Report on vaccination proceedings throughout the Government of Bengal -
Year: 1868
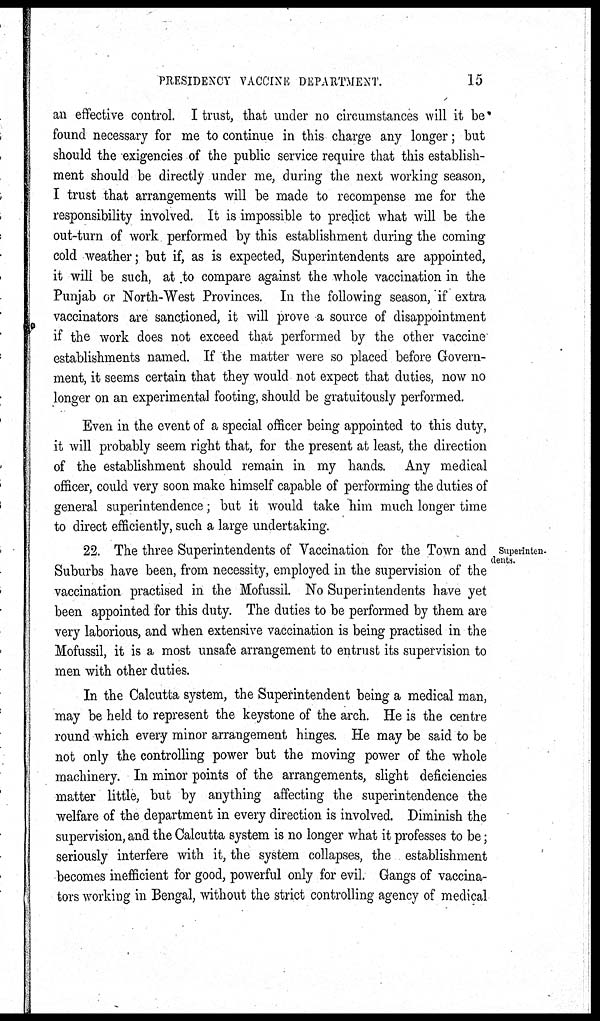
PRESIDENCY VACCINE DEPARTMENT.
15
an effective control. I trust, that under no circumstances will it be
found necessary for me to continue in this charge any longer; but
should the exigencies of the public service require that this establish-
ment should be directly under me, during the next working season,
I trust that arrangements will be made to recompense me for the
responsibility involved. It is impossible to predict what will be the
out-turn of work performed by this establishment during the coming
cold weather; but if, as is expected, Superintendents are appointed,
it will be such, at to compare against the whole vaccination in the
Punjab or North-West Provinces. In the following season, if extra
vaccinators are sanctioned, it will prove a source of disappointment
if the work does not exceed that performed by the other vaccine
establishments named. If the matter were so placed before Govern-
ment, it seems certain that they would not expect that duties, now no
longer on an experimental footing, should be gratuitously performed.
Even in the event of a special officer being appointed to this duty,
it will probably seem right that, for the present at least, the direction
of the establishment should remain in my hands. Any medical
officer, could very soon make himself capable of performing the duties of
general superintendence; but it would take him much longer time
to direct efficiently, such a large undertaking.
Superinten-
dents.
22. The three Superintendents of Vaccination for the Town and
Suburbs have been, from necessity, employed in the supervision of the
vaccination practised in the Mofussil. No Superintendents have yet
been appointed for this duty. The duties to be performed by them are
very laborious, and when extensive vaccination is being practised in the
Mofussil, it is a most unsafe arrangement to entrust its supervision to
men with other duties.
In the Calcutta system, the Superintendent being a medical man,
may be held to represent the keystone of the arch. He is the centre
round which every minor arrangement hinges. He may be said to be
not only the controlling power but the moving power of the whole
machinery. In minor points of the arrangements, slight deficiencies
matter little, but by anything affecting the superintendence the
welfare of the department in every direction is involved. Diminish the
supervision, and the Calcutta system is no longer what it professes to be;
seriously interfere with it, the system collapses, the establishment
becomes inefficient for good, powerful only for evil. Gangs of vaccina-
tors working in Bengal, without the strict controlling agency of medical